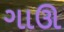
ગાઊ